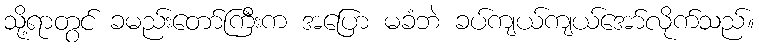
သို့ရာတွင် ခမည်းတော်ကြီးက အပြော မခံဘဲ ခပ်ကျယ်ကျယ်အော်လိုက်သည်။